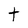
Character: t